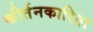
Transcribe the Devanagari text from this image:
कीर्तनकारिता